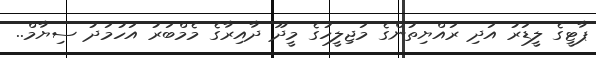
ޕާޓީގެ ލީޑަރު އަދި ރައްޔިތުންގެ މަޖިލީހުގެ މީދޫ ދާއިރާގެ މެމްބަރު އަހުމަދު ސިޔާމް..